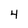
Character: 4